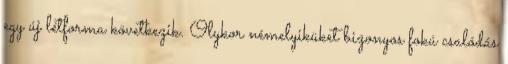
egy új létforma következik. Olykor némelyiküket bizonyos fokú csalódás